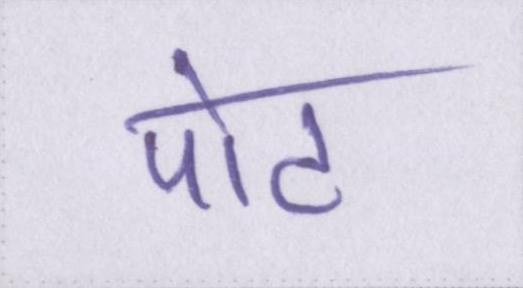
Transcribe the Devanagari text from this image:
पोट